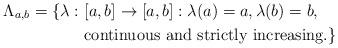
LaTeX: \begin{align*}\Lambda_{a,b} = \{\lambda: &\ [a,b]\to[a,b]:\lambda(a) = a,\lambda(b) = b, \\&\ \mbox{continuous and strictly increasing.}\}\end{align*}